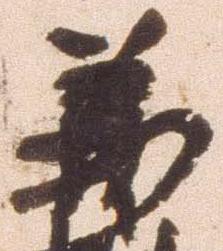
義